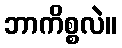
ဘာကိစ္စလဲ။